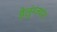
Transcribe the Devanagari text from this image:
हैलुंग्ज्यांग